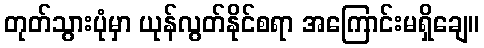
တုတ်သွားပုံမှာ ယုန်လွတ်နိုင်စရာ အကြောင်းမရှိချေ။